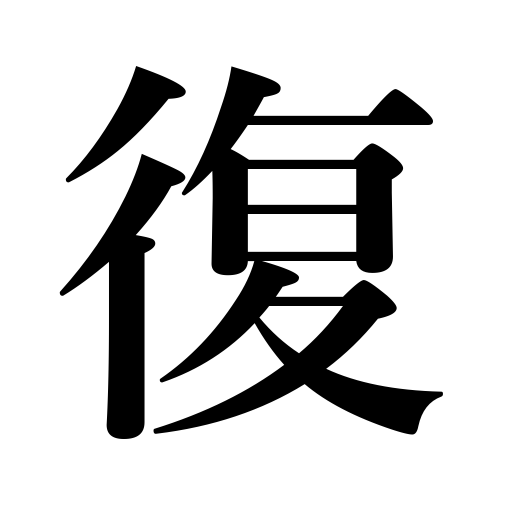
Meanings: be restored to,reward,resume one's duties,return to,revenge,revert to